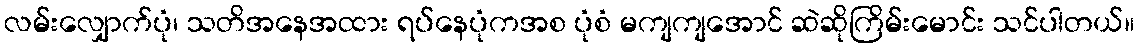
လမ်းလျှောက်ပုံ၊ သတိအနေအထား ရပ်နေပုံကအစ ပုံစံ မကျကျအောင် ဆဲဆိုကြိမ်းမောင်း သင်ပါတယ်။